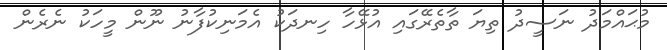
މުޙައްމަދު ނަސީދު ތިޔަ ތާތެރޭގައި އުޅޭހާ ހިނދަކު އެމަނިކުފާނު ނޫން މީހަކު ނެރެން